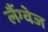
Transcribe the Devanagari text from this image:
लैंग्‍वेज